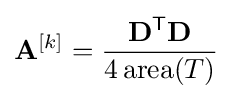
\mathbf {A} ^{[k]}={\frac {\mathbf {D} ^{\mathsf {T}}\mathbf {D} }{4\operatorname {area} (T)}}